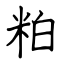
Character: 粕